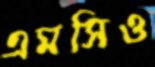
এমসিও